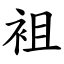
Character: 袓